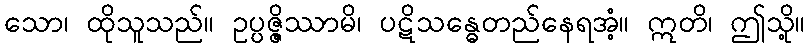
သော၊ ထိုသူသည်။ ဥပ္ပဇ္ဇိဿာမိ၊ ပဋိသန္ဓေတည်နေရအံ့။ ဣတိ၊ ဤသို့။